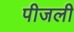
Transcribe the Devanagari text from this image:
पीजली